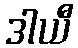
ဒါယီ